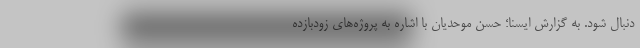
دنبال شود. به گزارش ایسنا؛ حسن موحدیان با اشاره به پروژه‌های زودبازده